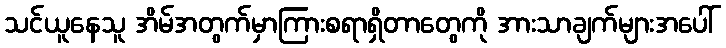
သင်ယူနေသူ အိမ်အတွက်မှာကြားစရာရှိတာတွေကို အားသာချက်များအပေါ်